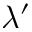
\lambda ^ { \prime }